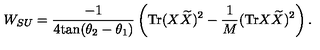
W _ { S U } = \frac { - 1 } { 4 \mathrm { t a n } ( \theta _ { 2 } - \theta _ { 1 } ) } \left( \mathrm { T r } ( X { \widetilde X } ) ^ { 2 } - \frac { 1 } { M } ( \mathrm { T r } X { \widetilde X } ) ^ { 2 } \right) .